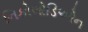
નિકોલોડિઓન